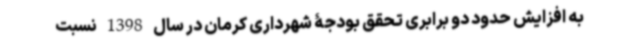
به افزایش حدود دو برابری تحقق بودجۀ شهرداری کرمان در سال 1398 نسبت